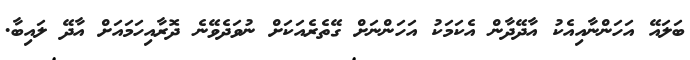
ބަލައޭ އަހަންނާއިއެކު އާދޭދާން އެކަމަކު އަހަންނަށް ގޭތެރެއަކަށް ނުވަދެވޭނެ ދޮރާއިހަމައަށް އާދޭ ލައިބާ.